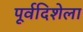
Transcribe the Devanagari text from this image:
पूर्वदिशेला